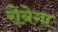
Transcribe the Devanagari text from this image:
रोयेगा